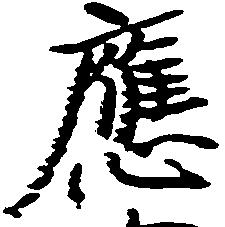
応